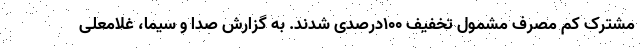
مشترک کم مصرف مشمول تخفیف ۱۰۰درصدی شدند. به گزارش صدا و سیما، غلامعلی